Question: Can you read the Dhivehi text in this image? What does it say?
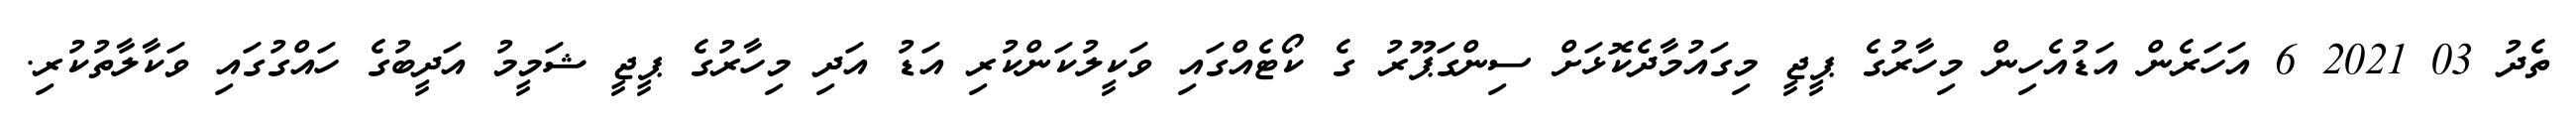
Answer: ތެދު 03 2021 6 އަހަރެން އަޑުއެހިން މިހާރުގެ ޕީޖީ މިގައުމާދެކޮޅަށް ސިންގަޕޫރު ގެ ކޯޓެއްގައި ވަކީލުކަންކުރި އަޑު އަދި މިހާރުގެ ޕީޖީ ޝަމީމު އަދީބުގެ ހައްގުގައި ވަކާލާތުކުރި.